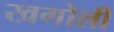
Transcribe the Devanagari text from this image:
खगोली